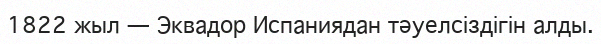
1822 жыл — Эквадор Испаниядан тәуелсіздігін алды.